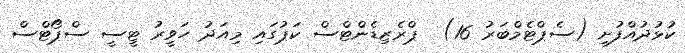
ކުޅުދުއްފުށި (ސެޕްޓެމްބަރު 16)  ޕްރެޒިޑެންޓްސް ކަޕުގައި މިއަދު ހަވީރު ޓީސީ ސްޕޯޓްސް